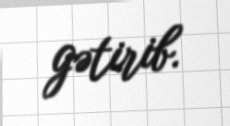
gətirib.